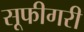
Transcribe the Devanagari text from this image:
सूफीगरी